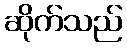
ဆိုက်သည်